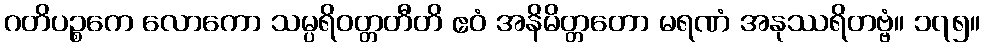
ဂတိပဉ္စကေ လောကော သမ္ပရိဝတ္တတီတိ ဧဝံ အနိမိတ္တတော မရဏံ အနုဿရိတဗ္ဗံ။ ၁၇၅။